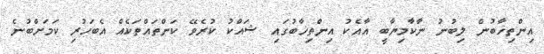
އިންތިޚާބުން ލިބުނު ނާކާމިޔާބީ އާއެކު އިންތިޚާބުގައި ޝައްކު ކުރެވޭ ކަންތައްތަކެއް އެބަހުރި ކަމަށްބުނެ